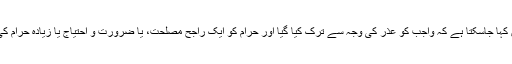
اس طرح کے مسئلے میں کہا جاسکتا ہے کہ واجب کو عذر کی وجہ سے ترک کیا گیا اور حرام کو ایک راجح مصلحت، یا ضرورت و احتیاج یا زیادہ حرام کی وجہ سے اختیار کیا گیا۔